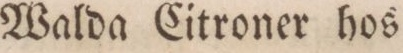
Walda Citroner hos